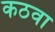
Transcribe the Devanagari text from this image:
कठवा